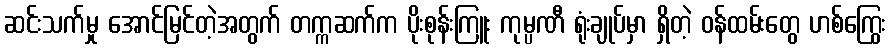
ဆင်းသက်မှု အောင်မြင်တဲ့အတွက် တက္ကဆက်က ပိုးစုန်းကြူး ကုမ္ပဏီ ရုံးချုပ်မှာ ရှိတဲ့ ဝန်ထမ်းတွေ ဟစ်ကြွေး